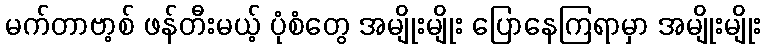
မက်တာဗာ့စ် ဖန်တီးမယ့် ပုံစံတွေ အမျိုးမျိုး ပြောနေကြရာမှာ အမျိုးမျိုး